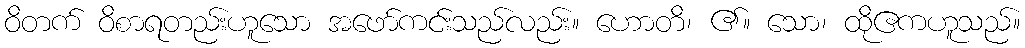
ဝိတက် ဝိစာရတည်းဟူသော အဖော်ကင်းသည်လည်း။ ဟောတိ၊ ၏။ သော၊ ထိုဧကဟူသည်။